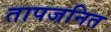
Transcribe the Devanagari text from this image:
तापजनित